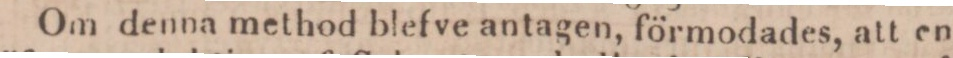
Om denna method blefve antagen, förmodades, att en